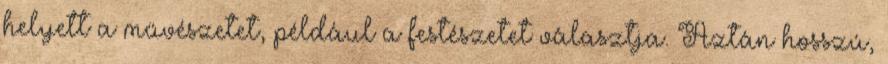
helyett a művészetet, például a festészetet választja. Aztán hosszú,